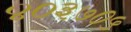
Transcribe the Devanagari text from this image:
४०३७०५